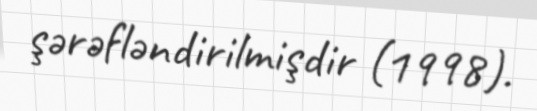
şərəfləndirilmişdir (1998).